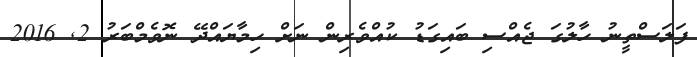
ފަލަސްތީނު ހާލުގަ ޖެއްސި ބައިގަޑު ކުއްވެރިން ނަށް ހިމާޔައްދޭ ނޮވެމްބަރު 2